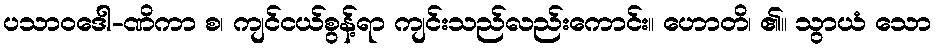
ပသာဝဒေါ-ဏိကာ စ၊ ကျင်ငယ်စွန့်ရာ ကျင်းသည်လည်းကောင်း။ ဟောတိ၊ ၏။ သွာယံ သော